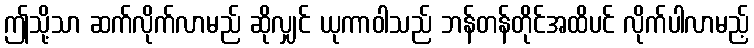
ဤသို့သာ ဆက်လိုက်လာမည် ဆိုလျှင် ယုကာဝါသည် ဘန်တန်တိုင်အထိပင် လိုက်ပါလာမည့်